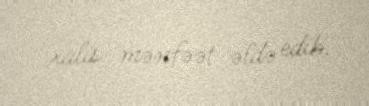
xalis mənfəət əldə edib.